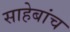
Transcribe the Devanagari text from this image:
साहेबांच